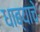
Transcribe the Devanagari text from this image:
धाब्याचे